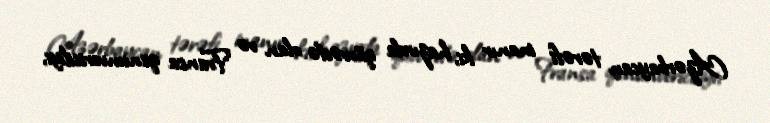
Azərbaycan tərəfi inanır ki, hazırda qüvvədə olan və Fransa qanunvericiliyi,